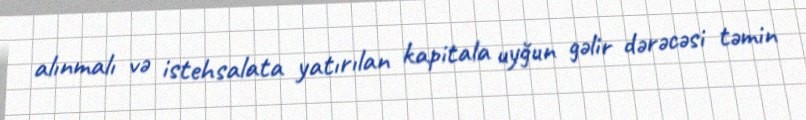
alınmalı və istehsalata yatırılan kapitala uyğun gəlir dərəcəsi təmin